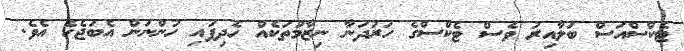
ޓެކްސްއަސް ބަލާއިރު ވެސް ޓެކްސްގެ ހަރުދަނާ ނިޒާމުތަކެއް ހެދިފައި ހުންނަން އެބަޖެހެ އެވެ.